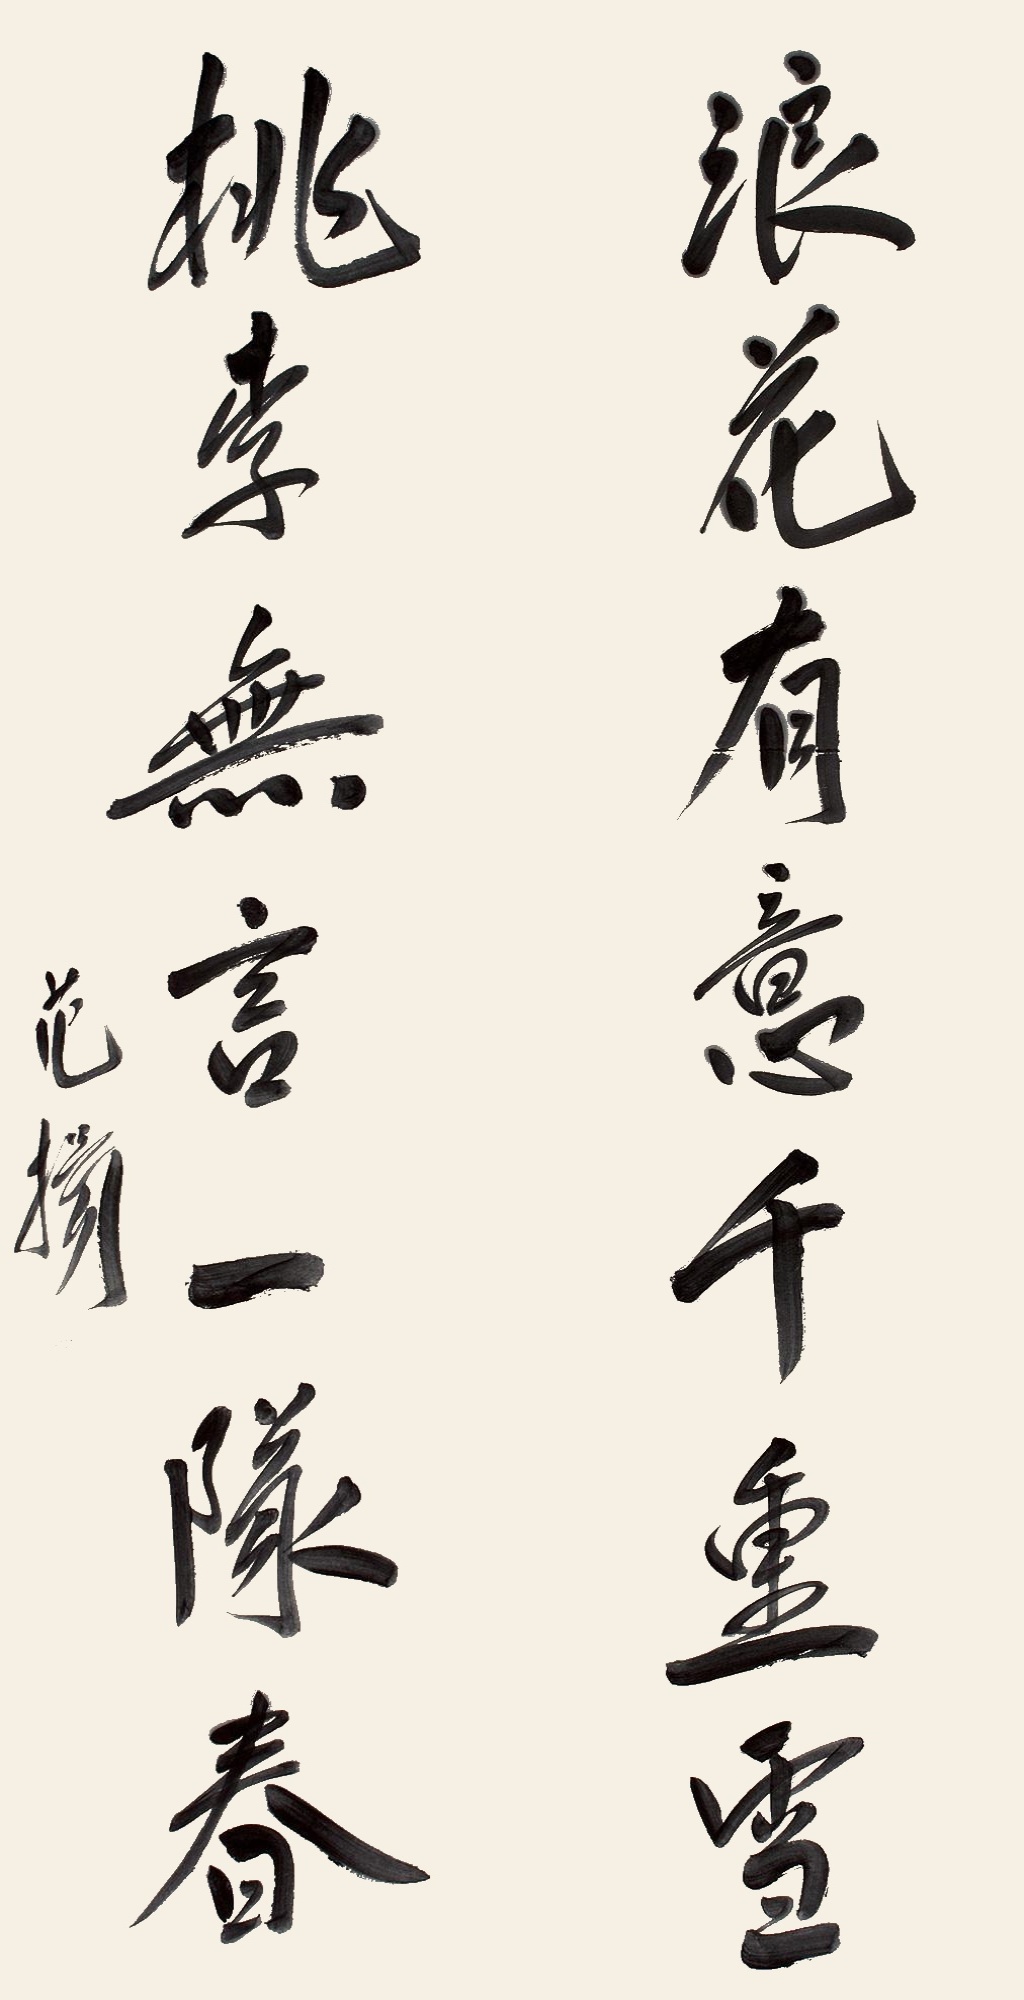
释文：浪花有意千重雪，桃李无言一队春。范扬印